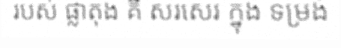
របស់ ផ្លាតុង គឺ សរសេរ ក្នុង ទម្រង់